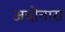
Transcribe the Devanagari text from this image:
अदोनारा